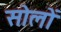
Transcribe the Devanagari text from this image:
सोलों